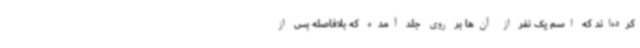
کرده‌اند که اسم یک نفر از آن‌ها بر روی جلد آمده که بلافاصله پس از